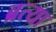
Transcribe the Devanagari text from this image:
ब्रत्या